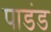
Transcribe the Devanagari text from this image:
पाडंड